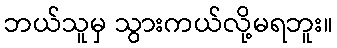
ဘယ်သူမှ သွားကယ်လို့မရဘူး။